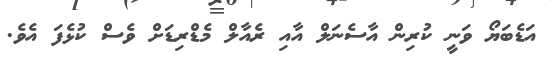
އަޑެބަޔޯ ވަނީ ކުރިން އާސެނަލް އާއި ރެއާލް މެޑްރިޑަށް ވެސް ކުޅެފަ އެވެ.